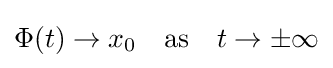
\Phi (t)\rightarrow x_{0}\quad \mathrm {as} \quad t\rightarrow \pm \infty